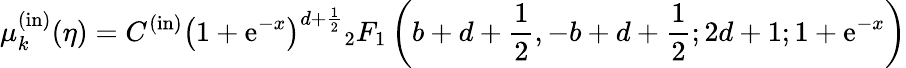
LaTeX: \mu_{k}^{\mathrm{(in)}}(\eta)=C^{(\mathrm{in)}}\left(1+\mathrm{e}^{-x}\right)^{d+{\frac{1}{2}}}{}_{2}F_{1}\left(b+d+{\frac{1}{2}},-b+d+{\frac{1}{2}};2d+1;1+\mathrm{e}^{-x}\right)